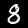
Digit: 8